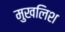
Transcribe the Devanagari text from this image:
मुखलिश